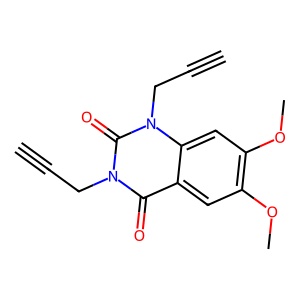
SMILES: C#CCn1c(=O)c2cc(OC)c(OC)cc2n(CC#C)c1=O
Inhibits HIV replication: No